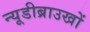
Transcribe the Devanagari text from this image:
न्यूडीब्राउखों